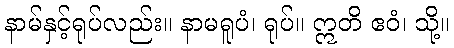
နာမ်နှင့်ရုပ်လည်း။ နာမရူပံ၊ ရုပ်။ ဣတိ ဧဝံ၊ သို့။